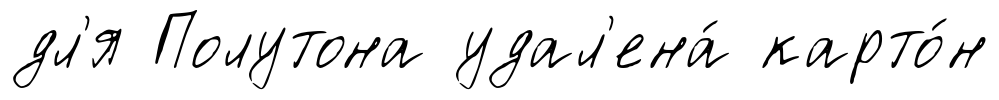
дл'я Полутона удал'ена́ карто́н